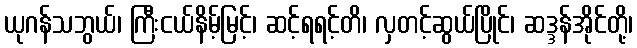
ယုဂန်သဘွယ်၊ ကြီးငယ်နိမ့်မြင့်၊ ဆင့်ရရင့်တိ၊ လှတင့်ဆွယ်ပြိုင်၊ ဆဒ္ဒန်အိုင်တို့၊